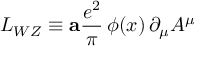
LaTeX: L _ { W Z } \equiv { \bf a } { \frac { e ^ { 2 } } { \pi } } \, \phi ( x ) \, \partial _ { \mu } A ^ { \mu }